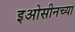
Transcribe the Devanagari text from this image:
इओसीनच्या